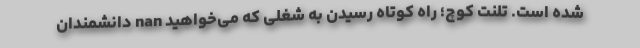
شده است. تلنت کوچ؛ راه کوتاه رسیدن به شغلی که می‌خواهید nan دانشمندان